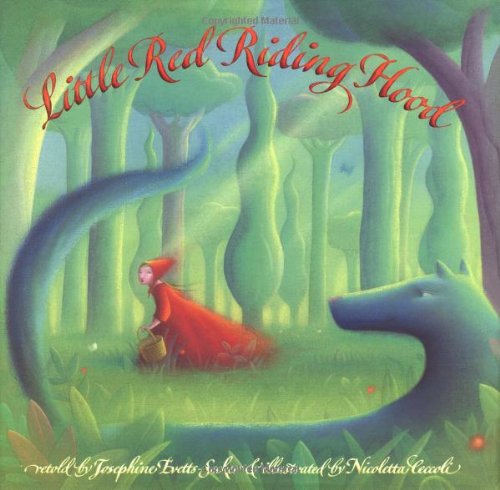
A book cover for Little Red Riding Hood; Josephine Evetts-Secker; Children's Books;